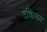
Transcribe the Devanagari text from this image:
उल्लिखत